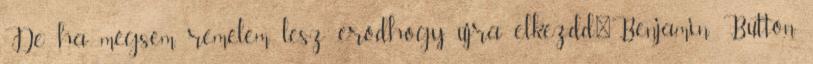
De ha mégsem, remélem lesz erőd.hogy újra elkezdd."Benjamin Button